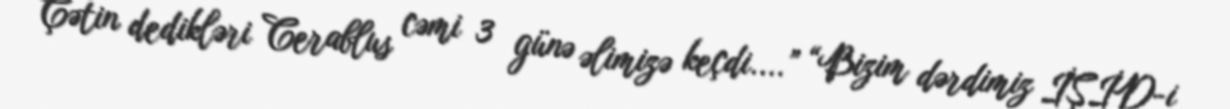
Çətin dedikləri Cerablus cəmi 3 günə əlimizə keçdi....” “Bizim dərdimiz İŞİD-i